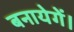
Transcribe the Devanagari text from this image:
बनायेगें।